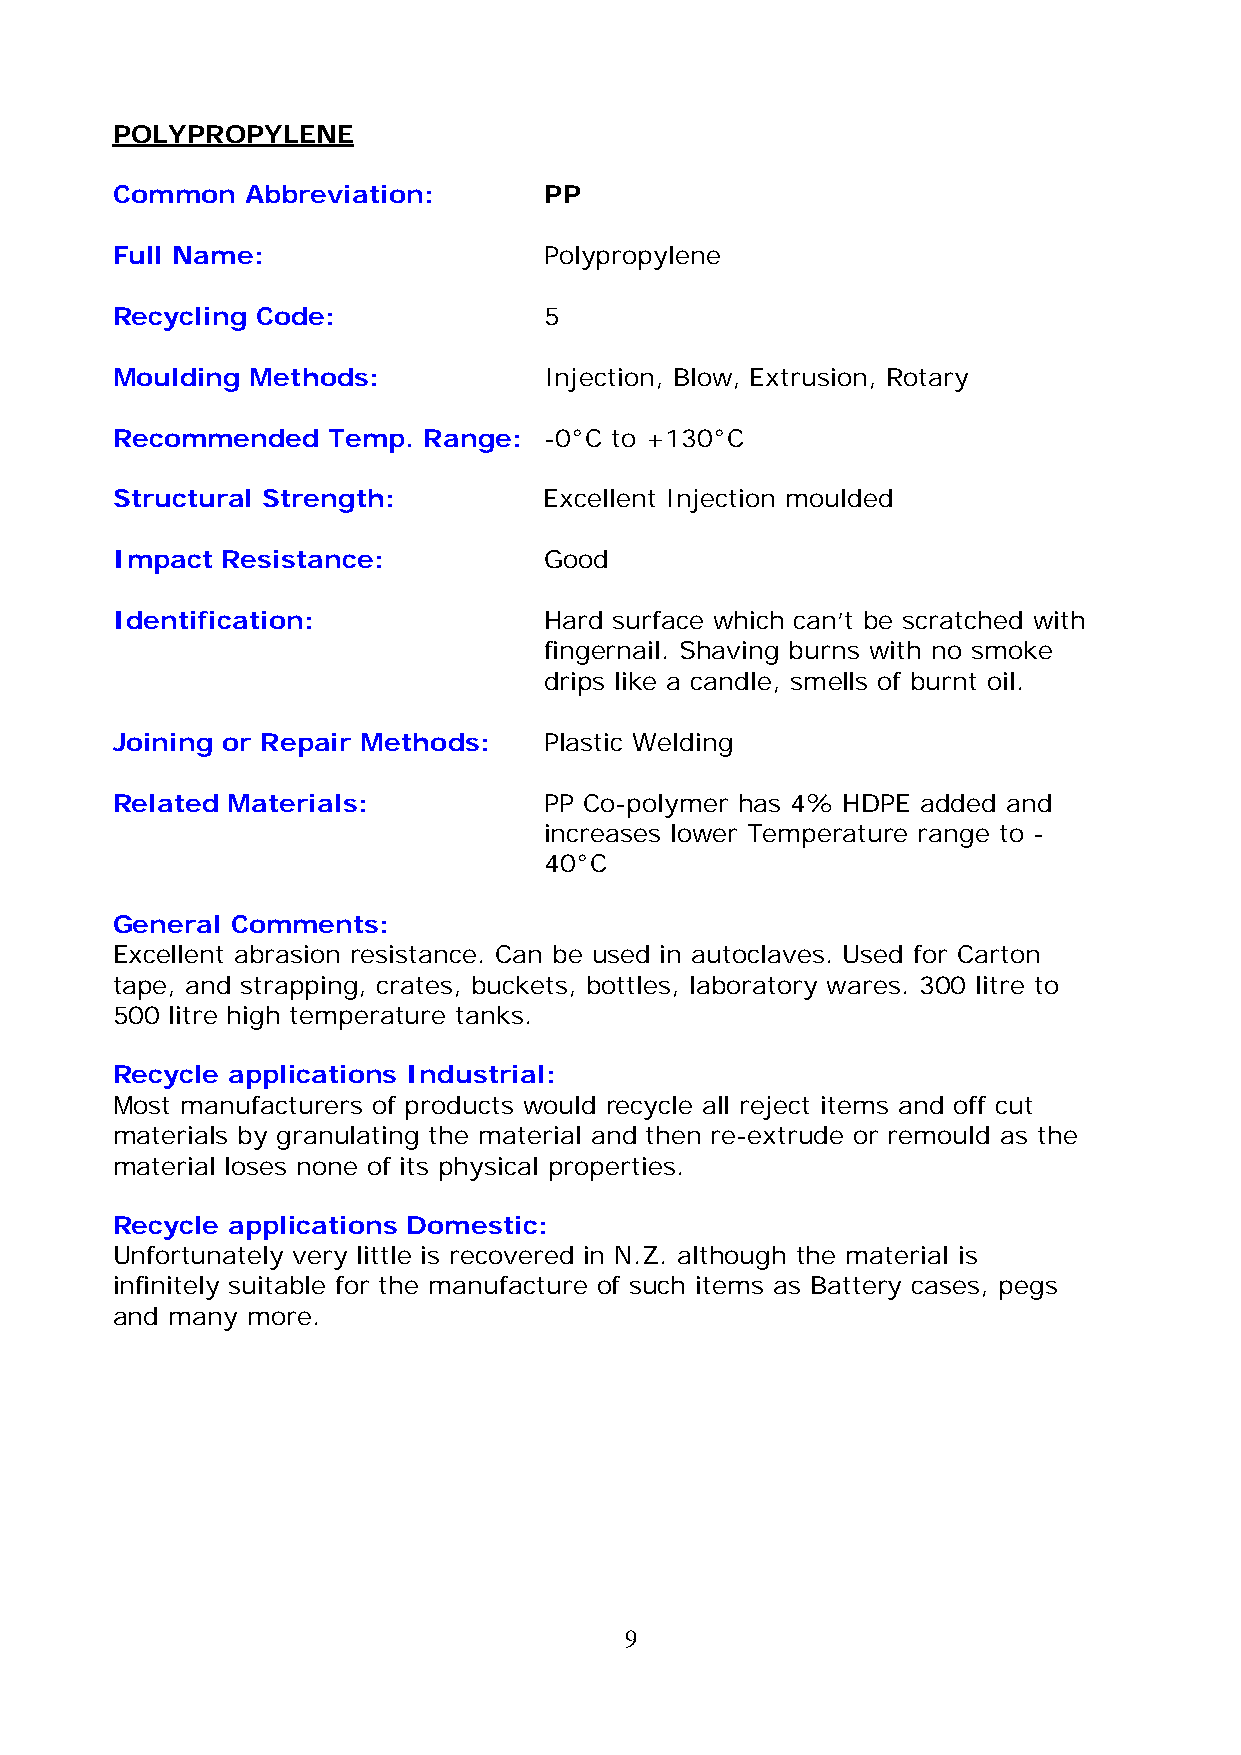
POLYPROPYLENE
 Common   Abbreviation:       PP
 Full Name:                   Polypropylene
 Recycling Code:              5
 Moulding  Methods:           Injection, Blow, Extrusion, Rotary
 Recommended    Temp. Range:  -0°C to +130°C
 Structural Strength:         Excellent Injection moulded
 Impact  Resistance:          Good
 Identification:              Hard surface which can’t be scratched with
 fingernail. Shaving burns with no smoke
 drips like a candle, smells of burnt oil.
 Joining or Repair Methods:   Plastic Welding
 Related Materials:           PP Co-polymer has 4% HDPE added and
 increases lower Temperature range to -
 40°C
 General Comments:
 Excellent abrasion resistance. Can be used in autoclaves. Used for Carton
 tape, and strapping, crates, buckets, bottles, laboratory wares. 300 litre to
 500 litre high temperature tanks.
 Recycle applications Industrial:
 Most manufacturers of products would recycle all reject items and off cut
 materials by granulating the material and then re-extrude or remould as the
 material loses none of its physical properties.
 Recycle applications Domestic:
 Unfortunately very little is recovered in N.Z. although the material is
 infinitely suitable for the manufacture of such items as Battery cases, pegs
 and many more.
 9